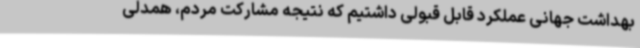
بهداشت جهانی عملکرد قابل قبولی داشتیم که نتیجه مشارکت مردم، همدلی